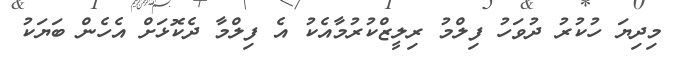
މިދިޔަ ހުކުރު ދުވަހު ފިލްމު ރިލީޒްކުރުމާއެކު އެ ފިލްމާ ދެކޮޅަށް އެހެން ބަޔަކު